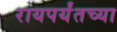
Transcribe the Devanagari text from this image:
रायपर्यंतच्या